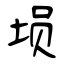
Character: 埙